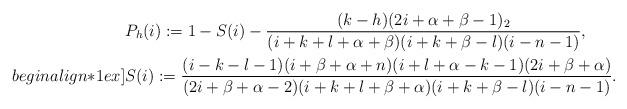
LaTeX: \begin{align*}&P_{h}(i) := 1-S(i)-\frac{(k-h)(2i+\alpha+\beta-1)_2}{(i+k+l+\alpha+\beta)(i+k+\beta-l)(i-n-1)},\\begin{align*}1ex]&S(i) := \frac{(i-k-l-1)(i+\beta+\alpha+n)(i+l+\alpha-k-1)(2i+\beta+\alpha)}{(2i+\beta+\alpha-2)(i+k+l+\beta+\alpha)(i+k+\beta-l)(i-n-1)}.\end{align*}